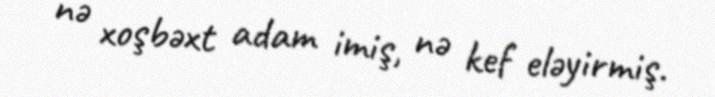
nə xoşbəxt adam imiş, nə kef eləyirmiş.